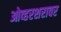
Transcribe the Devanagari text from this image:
ओव्हरशरावर